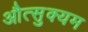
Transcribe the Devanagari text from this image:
औत्सुक्यम